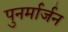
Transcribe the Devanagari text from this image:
पुनर्मार्जन